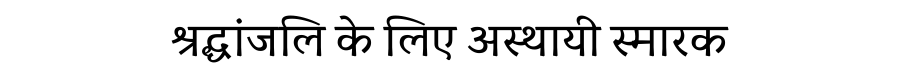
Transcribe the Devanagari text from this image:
श्रद्धांजलि के लिए अस्थायी स्मारक